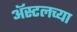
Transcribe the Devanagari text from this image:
ॲस्टलच्या